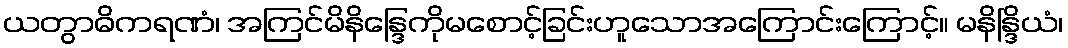
ယတွာဓိကရဏံ၊ အကြင်မိနိန္ဒြေကိုမစောင့်ခြင်းဟူသောအကြောင်းကြောင့်။ မနိန္ဒြိယံ၊